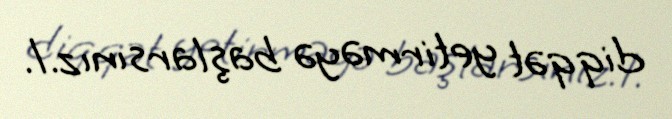
diqqət yetirməyə başlarsınız.1.